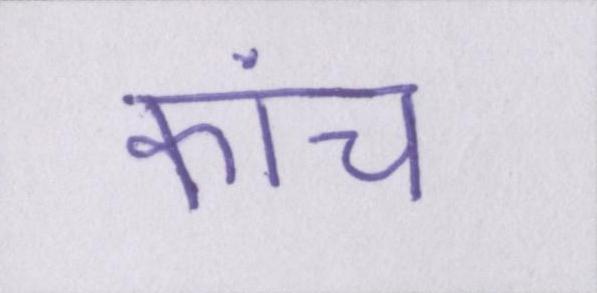
कांच